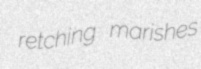
retching marishes